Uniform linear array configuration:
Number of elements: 4
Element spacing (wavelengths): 0.5
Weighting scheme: hann
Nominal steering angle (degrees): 45
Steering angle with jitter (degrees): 43.418
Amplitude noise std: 0.05
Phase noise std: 0.05

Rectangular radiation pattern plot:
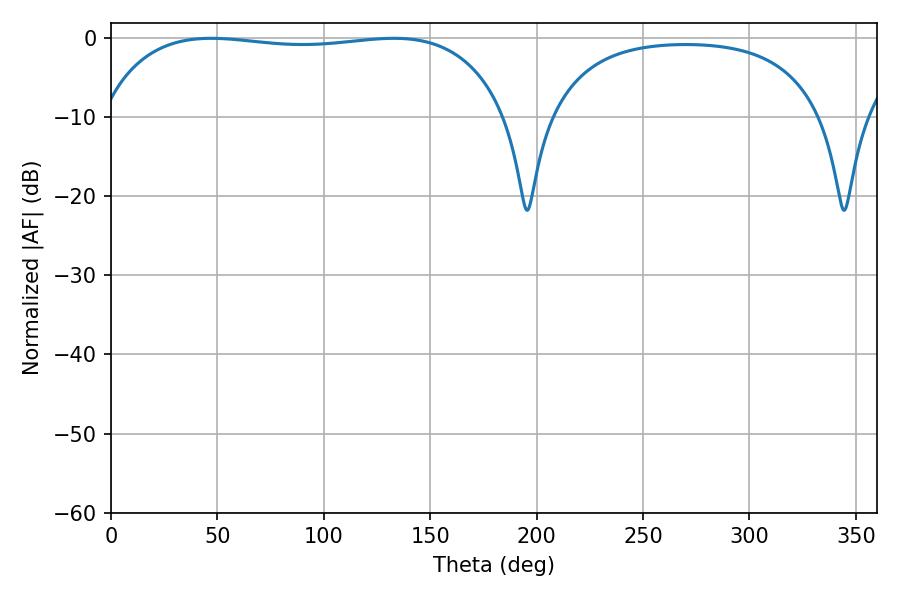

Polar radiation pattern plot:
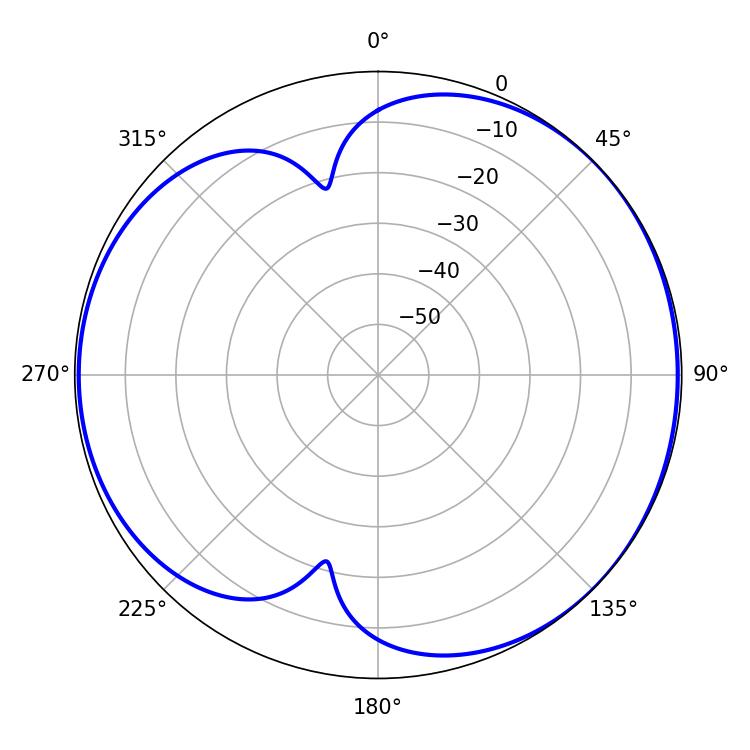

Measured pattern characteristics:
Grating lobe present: FALSE
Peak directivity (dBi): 4.8
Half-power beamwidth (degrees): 153.36
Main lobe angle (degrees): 46.98